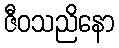
ဇီဝသညိနော